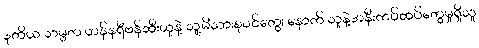
ဒုတိယ သမ္မတ ဟန်နရီဗန်ထီးယူနဲ့ သူ့မိသားစုဝင်တွေ၊ နောက် သူနဲ့အနီးကပ်ထပ်တွေမှုရှိသူ